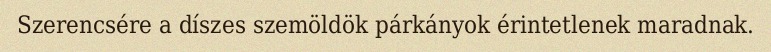
Szerencsére a díszes szemöldök párkányok érintetlenek maradnak.